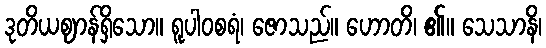
ဒုတိယဈာန်ရှိသော။ ရူပါဝစရံ၊ ဇောသည်။ ဟောတိ၊ ၏။ သေသာနိ၊